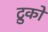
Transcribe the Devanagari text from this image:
ट्रुको